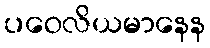
ပဝေလိယမာနေန